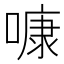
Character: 𠻞